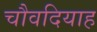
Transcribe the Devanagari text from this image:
चौवदियाह